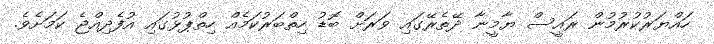
ހައްޔަރުކުރުމުން ރައީސް ޔާމީނާ ދޭތެރޭގައި ވަރަށް ބޮޑު ހިތްބަރުކަމެއް ހިތްޕުޅުގައި އުފެދިއްޖެ ކަމަށެވެ.